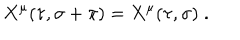
X ^ { \mu } ( \tau , \sigma + \pi ) = X ^ { \mu } ( \tau , \sigma ) \; .